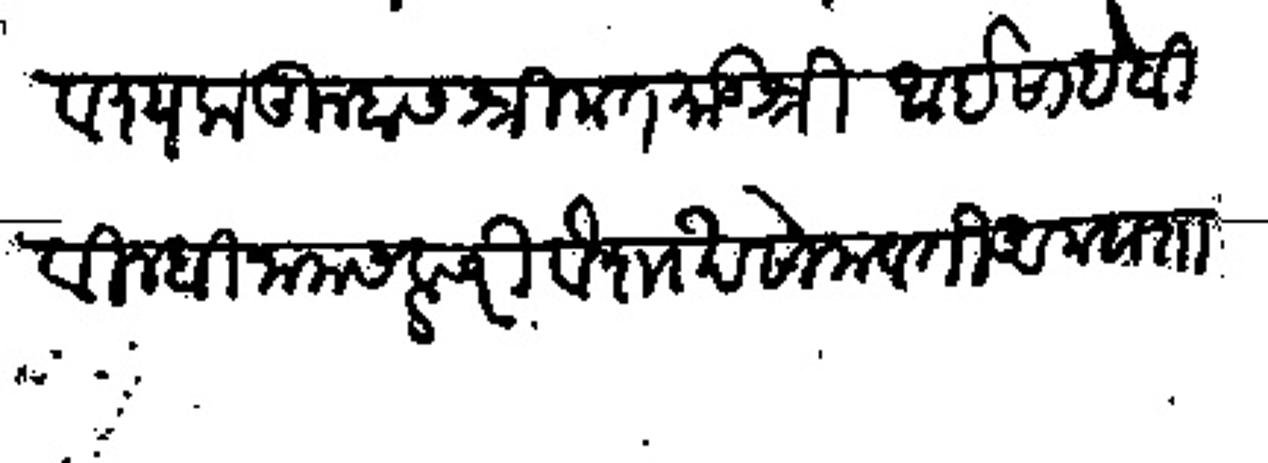
Transliteration (Devanagari): आवश्यक तुम्हास श्रीमत मातुश्री आई साहेबी विलंबी नामसवत्सरी वैशाख सोमवती अमावशा